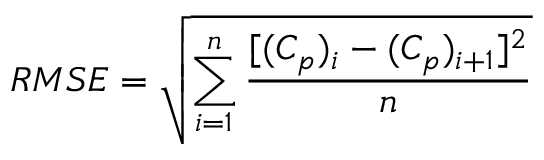
R M S E = \sqrt { \sum _ { i = 1 } ^ { n } \frac { [ ( C _ { p } ) _ { i } - ( C _ { p } ) _ { i + 1 } ] ^ { 2 } } { n } }